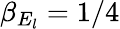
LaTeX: \beta_{E_{l}}=1/4